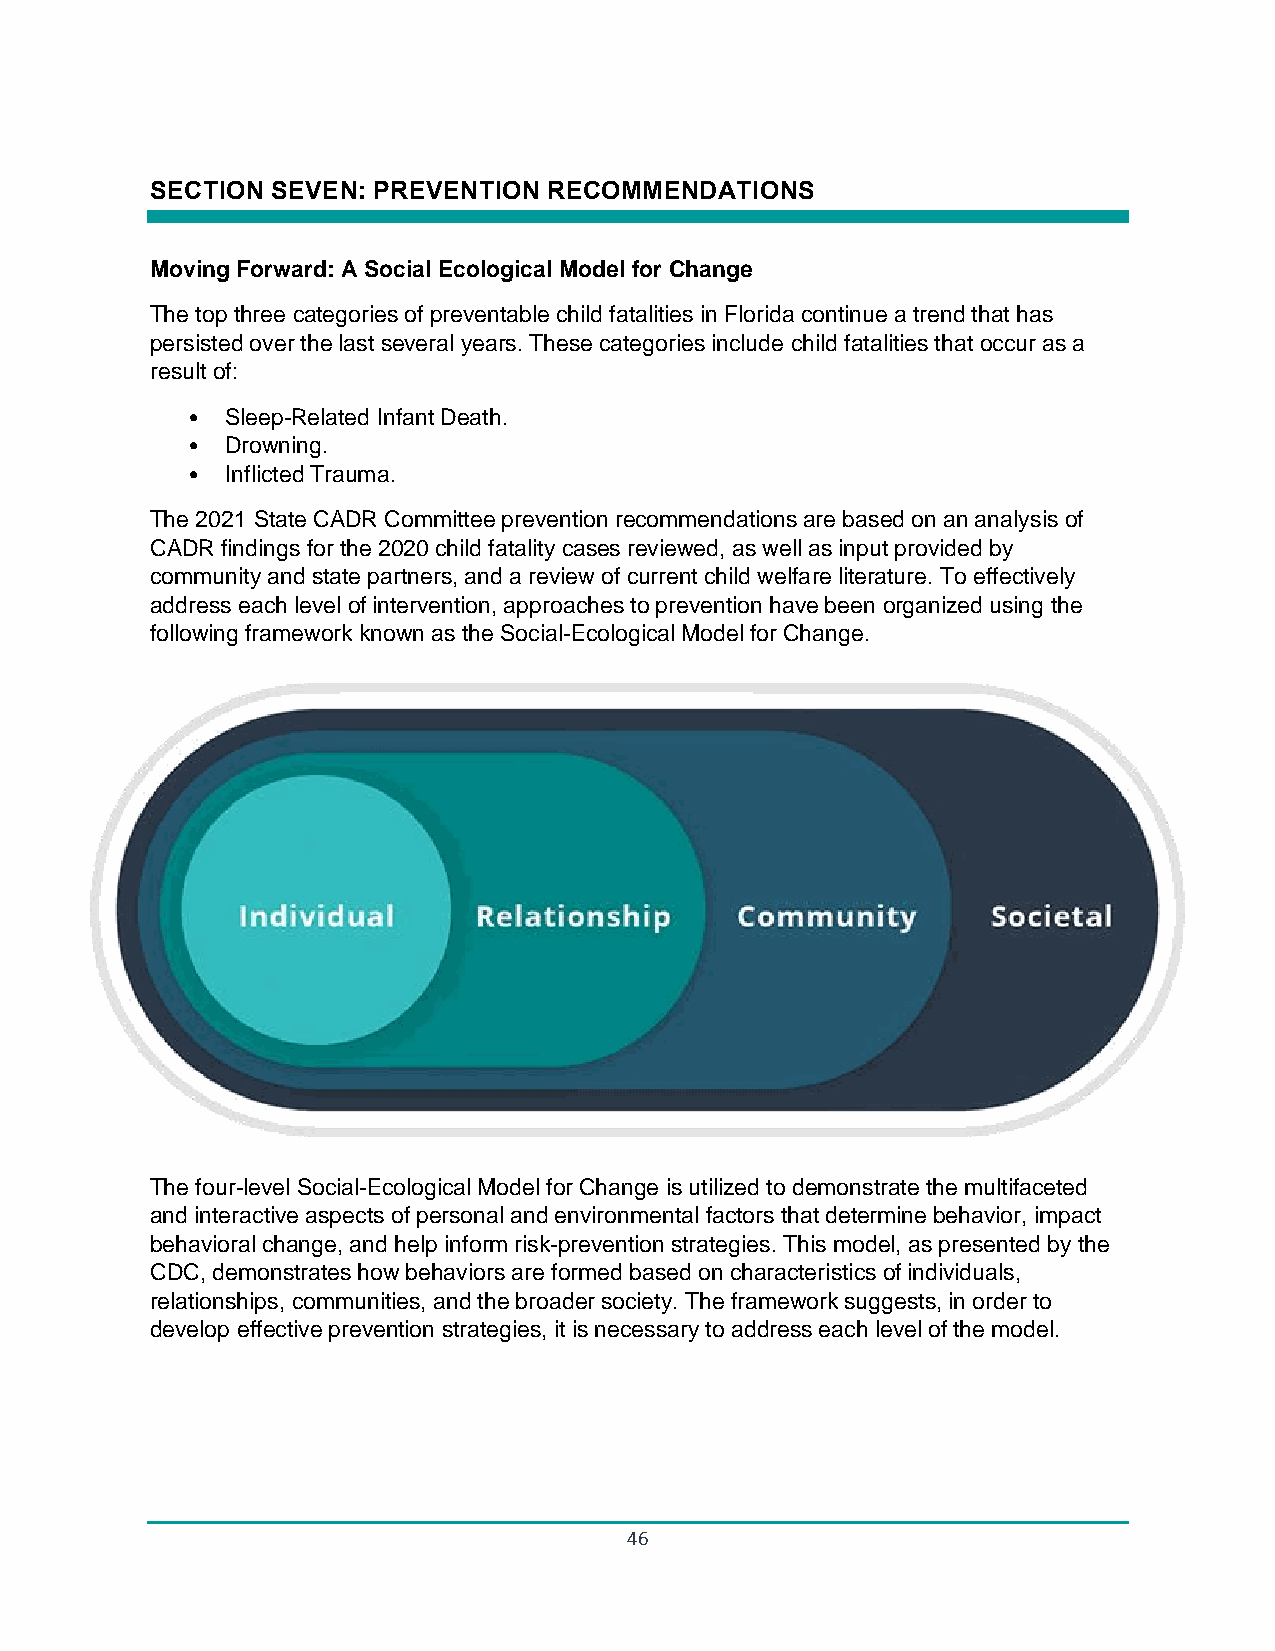
SECTION SEVEN: PREVENTION RECOMMENDATIONS
 Moving Forward: A Social Ecological Model for Change
 The top three categories of preventable child fatalities in Florida continue a trend that has
 persisted over the last several years. These categories include child fatalities that occur as a
 result of:
 •  Sleep-Related Infant Death.
 •  Drowning.
 •  Inflicted Trauma.
 The 2021 State CADR Committee prevention recommendations are based on an analysis of
 CADR findings for the 2020 child fatality cases reviewed, as well as input provided by
 community and state partners, and a review of current child welfare literature. To effectively
 address each level of intervention, approaches to prevention have been organized using the
 following framework known as the Social-Ecological Model for Change.
 The four-level Social-Ecological Model for Change is utilized to demonstrate the multifaceted
 and interactive aspects of personal and environmental factors that determine behavior, impact
 behavioral change, and help inform risk-prevention strategies. This model, as presented by the
 CDC, demonstrates how behaviors are formed based on characteristics of individuals,
 relationships, communities, and the broader society. The framework suggests, in order to
 develop effective prevention strategies, it is necessary to address each level of the model.
 46